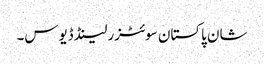
شان پاکستان سوئٹزرلینڈ ڈیوس۔